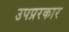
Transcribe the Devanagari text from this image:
उपप्ररकार